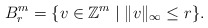
\begin{align*}B_r^m = \{ v \in \mathbb{Z}^m \mid \|v\|_{\infty} \leq r \}.\end{align*}